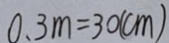
0 . 3 m = 3 0 ( c m )